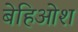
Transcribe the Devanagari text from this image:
बेहिओश